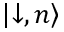
\left| \downarrow , n \right\rangle